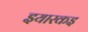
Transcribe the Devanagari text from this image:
इयारकइ